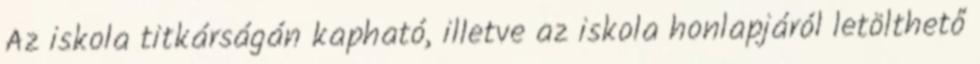
Az iskola titkárságán kapható, illetve az iskola honlapjáról letölthető